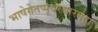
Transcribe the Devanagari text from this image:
भाषेगेतप्पूवरयारगंदा